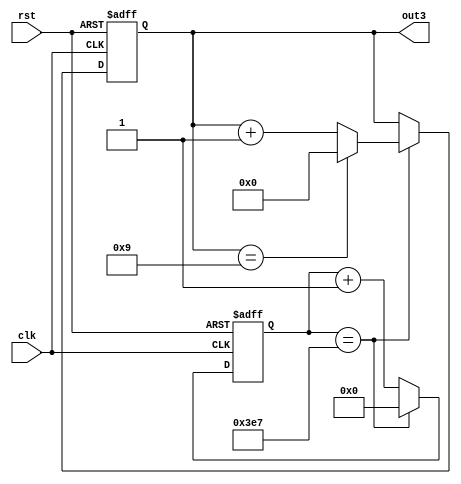
module cnt3(out3,clk,rst);

    input clk,rst;
    output reg[3:0] out3;
    reg[10:0] tmp2;
    
    always @(posedge clk or negedge rst) begin

        if(!rst) begin
            out3<=0;
            tmp2<=0;
        end

        else if(tmp2==999)begin
            if(out3==9) begin
                out3<=0;
                tmp2<=0;
            end
            
            else begin
            out3<=out3+1;
            tmp2<=0;
            end
        end

        else tmp2<=tmp2+1;
    end

    


endmodule //